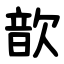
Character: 歆